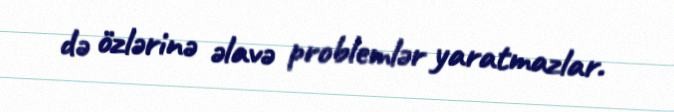
də özlərinə əlavə problemlər yaratmazlar.